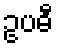
ဥပဓီ